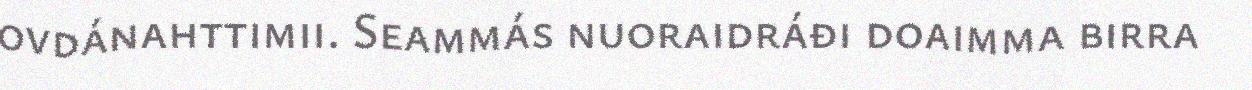
ovdánahttimii. Seammás nuoraidráđi doaimma birra